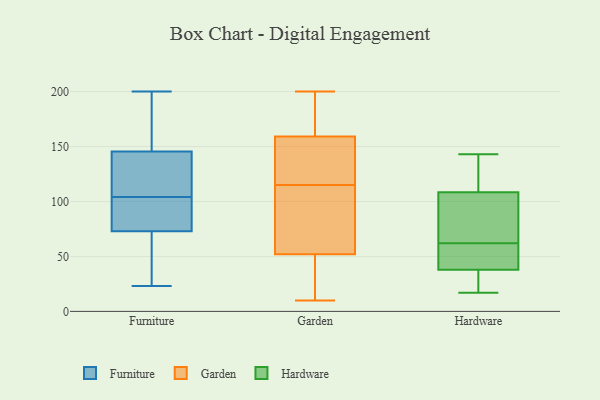
{"axis": {"x": "Churn Rate (%)", "y": "Value"}, "legend": ["Furniture", "Garden", "Hardware"], "data": [{"x": "", "y": 53, "type": "Furniture"}, {"x": "", "y": 144, "type": "Furniture"}, {"x": "", "y": 23, "type": "Furniture"}, {"x": "", "y": 70, "type": "Furniture"}, {"x": "", "y": 146, "type": "Furniture"}, {"x": "", "y": 82, "type": "Furniture"}, {"x": "", "y": 134, "type": "Furniture"}, {"x": "", "y": 112, "type": "Furniture"}, {"x": "", "y": 150, "type": "Furniture"}, {"x": "", "y": 104, "type": "Furniture"}, {"x": "", "y": 102, "type": "Furniture"}, {"x": "", "y": 193, "type": "Furniture"}, {"x": "", "y": 91, "type": "Furniture"}, {"x": "", "y": 23, "type": "Furniture"}, {"x": "", "y": 200, "type": "Furniture"}, {"x": "", "y": 142, "type": "Garden"}, {"x": "", "y": 151, "type": "Garden"}, {"x": "", "y": 199, "type": "Garden"}, {"x": "", "y": 162, "type": "Garden"}, {"x": "", "y": 144, "type": "Garden"}, {"x": "", "y": 97, "type": "Garden"}, {"x": "", "y": 43, "type": "Garden"}, {"x": "", "y": 115, "type": "Garden"}, {"x": "", "y": 185, "type": "Garden"}, {"x": "", "y": 64, "type": "Garden"}, {"x": "", "y": 200, "type": "Garden"}, {"x": "", "y": 33, "type": "Garden"}, {"x": "", "y": 122, "type": "Garden"}, {"x": "", "y": 48, "type": "Garden"}, {"x": "", "y": 10, "type": "Garden"}, {"x": "", "y": 169, "type": "Garden"}, {"x": "", "y": 88, "type": "Garden"}, {"x": "", "y": 12, "type": "Garden"}, {"x": "", "y": 68, "type": "Garden"}, {"x": "", "y": 132, "type": "Hardware"}, {"x": "", "y": 44, "type": "Hardware"}, {"x": "", "y": 17, "type": "Hardware"}, {"x": "", "y": 62, "type": "Hardware"}, {"x": "", "y": 143, "type": "Hardware"}, {"x": "", "y": 31, "type": "Hardware"}, {"x": "", "y": 59, "type": "Hardware"}, {"x": "", "y": 93, "type": "Hardware"}, {"x": "", "y": 81, "type": "Hardware"}, {"x": "", "y": 32, "type": "Hardware"}, {"x": "", "y": 62, "type": "Hardware"}, {"x": "", "y": 124, "type": "Hardware"}]}